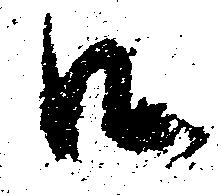
口